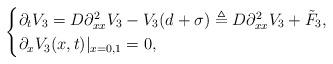
LaTeX: \begin{align*}\begin{cases}\partial_{t}V_{3} = D\partial_{xx}^{2}V_{3} - V_{3}(d+\sigma) \triangleq D\partial_{xx}^{2}V_{3} + \tilde{F}_{3},\\\partial_{x}V_{3}(x,t) \rvert_{x=0,1} = 0,\end{cases}\end{align*}